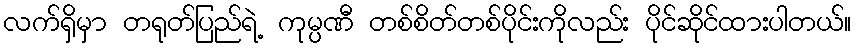
လက်ရှိမှာ တရုတ်ပြည်ရဲ့ ကုမ္ပဏီ တစ်စိတ်တစ်ပိုင်းကိုလည်း ပိုင်ဆိုင်ထားပါတယ်။